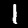
Digit: 1